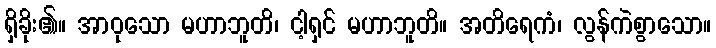
ရှိခိုး၏။ အာဝုသော မဟာဘူတိ၊ ငါ့ရှင် မဟာဘူတိ။ အတိရေကံ၊ လွန်ကဲစွာသော။